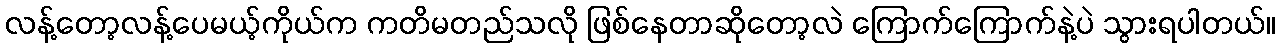
လန့်တော့လန့်ပေမယ့်ကိုယ်က ကတိမတည်သလို ဖြစ်နေတာဆိုတော့လဲ ကြောက်ကြောက်နဲ့ပဲ သွားရပါတယ်။